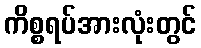
ကိစ္စရပ်အားလုံးတွင်